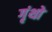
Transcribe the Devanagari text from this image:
गृंथो